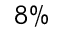
8 \%